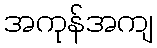
အကုန်အကျ